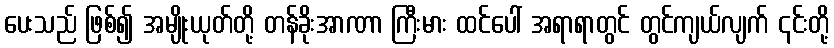
ပေးသည် ဖြစ်၍ အမျိုးယုတ်တို့ တန်ခိုးအာဏာ ကြီးမား ထင်ပေါ် အရာရာတွင် တွင်ကျယ်လျက် ၎င်းတို့